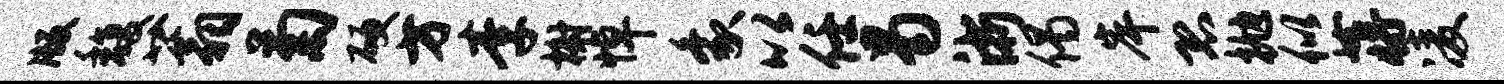
版馥蓊菊硬方李榭悼象以任曷浙偈岸恐抛似蒋凌